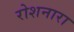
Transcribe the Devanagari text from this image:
रोशनारा